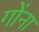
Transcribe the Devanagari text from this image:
गोंना